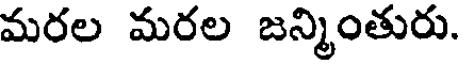
మరల మరల జన్మింతురు.